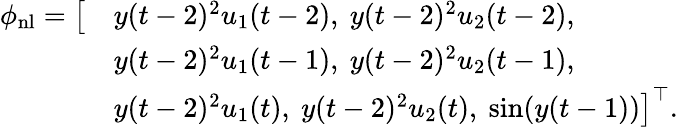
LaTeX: \begin{array}{rl}{\phi_{\mathrm{nl}}=\big[}&{y(t-2)^{2}u_{1}(t-2),\ y(t-2)^{2}u_{2}(t-2),}\\ &{y(t-2)^{2}u_{1}(t-1),\ y(t-2)^{2}u_{2}(t-1),}\\ &{y(t-2)^{2}u_{1}(t),\ y(t-2)^{2}u_{2}(t),\ \mathrm{sin}(y(t-1))\big]^{\top}.}\end{array}